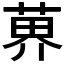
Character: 𫈨